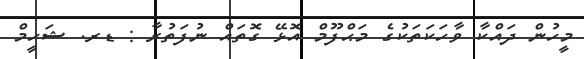
މީހުން ދައްކާ ވާހަކަތަކުގެ މަޙްފޫމް އޮޅޭ ގޮތައް ނުފަތުރާ : ޑރ. ޝަހީމް